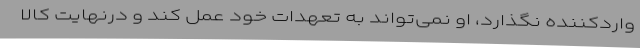
واردکننده نگذارد، او نمی‌تواند به تعهدات خود عمل کند و درنهایت کالا